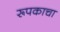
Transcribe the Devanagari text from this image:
रूपकाचा